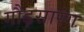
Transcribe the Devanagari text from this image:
गौड़सारंग